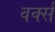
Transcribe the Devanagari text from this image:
वर्क्स